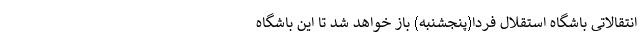
انتقالاتی باشگاه استقلال فردا(پنجشنبه) باز خواهد شد تا این باشگاه